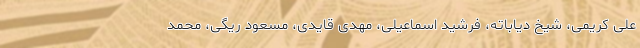
علی کریمی، شیخ دیاباته، فرشید اسماعیلی، مهدی قایدی، مسعود ریگی، محمد